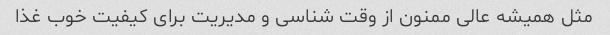
مثل همیشه عالی ممنون از وقت شناسی و مدیریت برای کیفیت خوب غذا